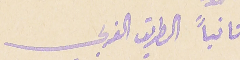
ثانياً الطريق الغربي